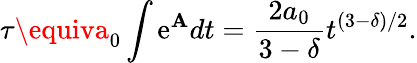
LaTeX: \tau\equiva_{0}\int\mathrm{e}^{\mathbf{A}}dt=\frac{{2a_{0}}}{{3-\delta}}t^{(3-\delta)/2}.